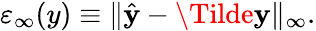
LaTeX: \varepsilon_{\infty}(y)\equiv\| \hat{\mathbf{y}}-\Tilde{\mathbf{y}}\| _{\infty}.